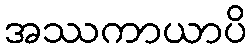
အဿကာယာပိ